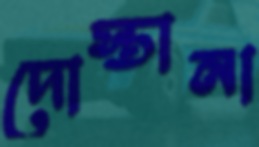
দোস্তানা